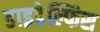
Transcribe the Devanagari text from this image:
डाइडेल्फिस